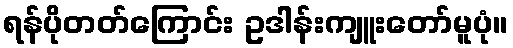
ရန်ပိုတတ်ကြောင်း ဥဒါန်းကျူးတော်မူပုံ။